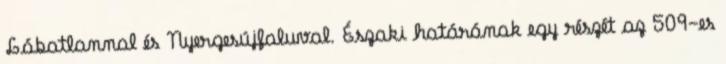
Lábatlannal és Nyergesújfaluval. Északi határának egy részét az 509-es